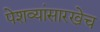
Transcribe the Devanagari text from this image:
पेशव्यांसारखेच